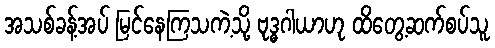
အသစ်ခန့်အပ် မြင်နေကြသကဲ့သို့ ဗုဒ္ဓဂါယာဟု ထိတွေ့ဆက်စပ်သူ